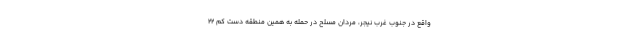
واقع در جنوب غرب نیجر، مردان مسلح در حمله به همین منطقه دست کم ۲۲